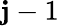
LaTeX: \mathbf{j}-1